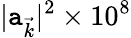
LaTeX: |\mathtt{a}_{\vec{{k}}}|^{2}\times10^{8}